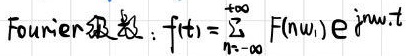
Fourier 级数：$f(t)=\sum_{n = -\infty}^{+\infty} F(n\omega_1) e^{j n\omega_1 t}$